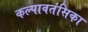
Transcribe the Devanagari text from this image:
कल्पावतंसिका